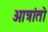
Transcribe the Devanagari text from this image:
ओत्रांतो